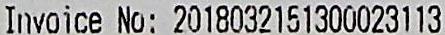
INVOICE NO: 2018032151300023113